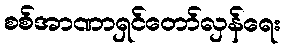
စစ်အာဏာရှင်တော်လှန်ရေး